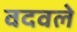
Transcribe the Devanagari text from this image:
वदवले